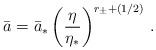
LaTeX: \begin{align*}\bar{a} = \bar{a}_* \left( {\eta\over\eta_*} \right)^{r_\pm+(1/2)} \, .\end{align*}